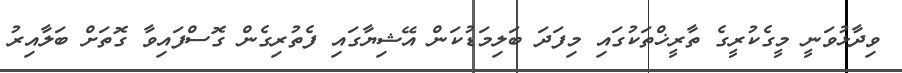
ވިދާޅުވަނީ މީގެކުރީގެ ތާރީޚްތަކުގައި މިފަދަ ބަލިމަޑުކަން އޭޝިޔާގައި ފެތުރިގެން ގޮސްފައިވާ ގޮތަށް ބަލާއިރު